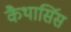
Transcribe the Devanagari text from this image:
कैथार्सिस